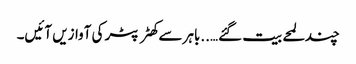
چند لمحے بیت گئے…..باہر سے کھٹر پٹر کی آوازیں آئیں۔